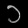
Digit: ၁